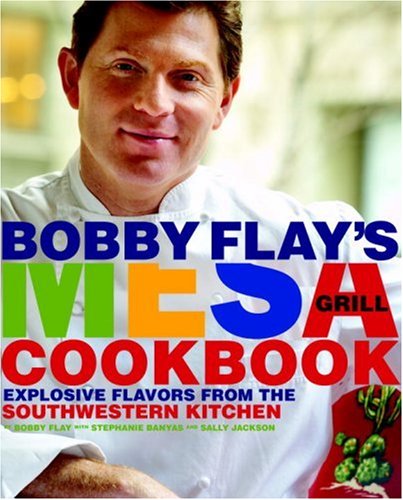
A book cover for Bobby Flay's Mesa Grill Cookbook: Explosive Flavors from the Southwestern Kitchen; Bobby Flay; Cookbooks, Food & Wine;